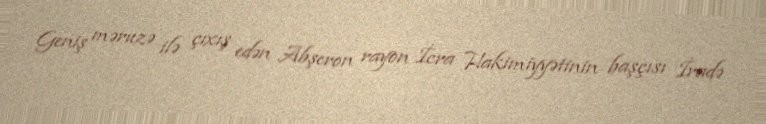
Geniş məruzə ilə çıxış edən Abşeron rayon İcra Hakimiyyətinin başçısı İradə